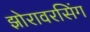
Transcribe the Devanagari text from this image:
झोरावरसिंग